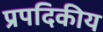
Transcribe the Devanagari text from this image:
प्रपदिकीय